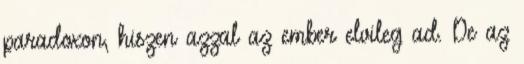
paradoxon, hiszen azzal az ember elvileg ad. De az